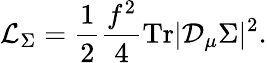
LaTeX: \mathcal{L}_{\Sigma}=\frac{1}{2}\frac{f^{2}}{4}\mathrm{Tr}|\mathcal{D}_{\mu}\Sigma|^{2}.